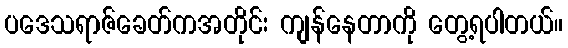
ပဒေသရာဇ်ခေတ်ကအတိုင်း ကျန်နေတာကို တွေ့ရပါတယ်။